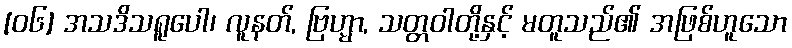
[၀၆] အသဒိသရူပေါ၊ လူနတ်, ဗြဟ္မာ, သတ္တဝါတို့နှင့် မတူသည်၏ အဖြစ်ဟူသော